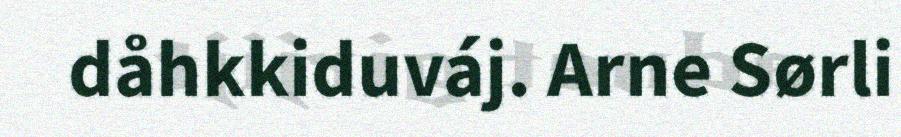
dåhkkiduváj. Arne Sørli